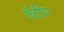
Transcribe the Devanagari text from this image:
गॅटींग